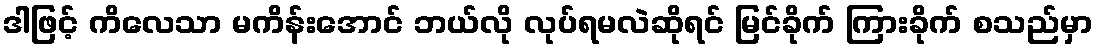
ဒါဖြင့် ကိလေသာ မကိန်းအောင် ဘယ်လို လုပ်ရမလဲဆိုရင် မြင်ခိုက် ကြားခိုက် စသည်မှာ